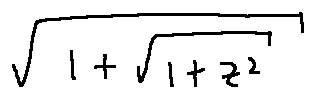
\sqrt { 1 + \sqrt { 1 + z ^ { 2 } } }